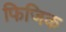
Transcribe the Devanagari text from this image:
फिजिक